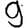
Digit: 9